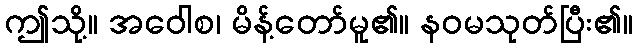
ဤသို့။ အဝေါစ၊ မိန့်တော်မူ၏။ နဝမသုတ်ပြီး၏။